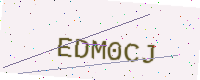
Text: EDM0CJ